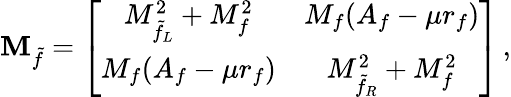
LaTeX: {\cal\mathbf{M}}_{\tilde{{f}}}=\left[\begin{array}{cc}{{M_{\tilde{f}_{L}}^{2}+M_{f}^{2}}}&{{M_{f}(A_{f}-\mu r_{f})}}\\ {{M_{f}(A_{f}-\mu r_{f})}}&{{M_{\tilde{f}_{R}}^{2}+M_{f}^{2}}}\end{array}\right]\, ,